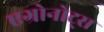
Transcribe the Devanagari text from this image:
एग्रोनोट्स